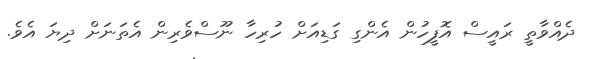
ދެއްވާތީ ރައީސް އޮފީހުން އެންގި ގަޑިއަށް ހުރިހާ ނޫސްވެރިން އެތަނަށް ދިޔަ އެވެ.